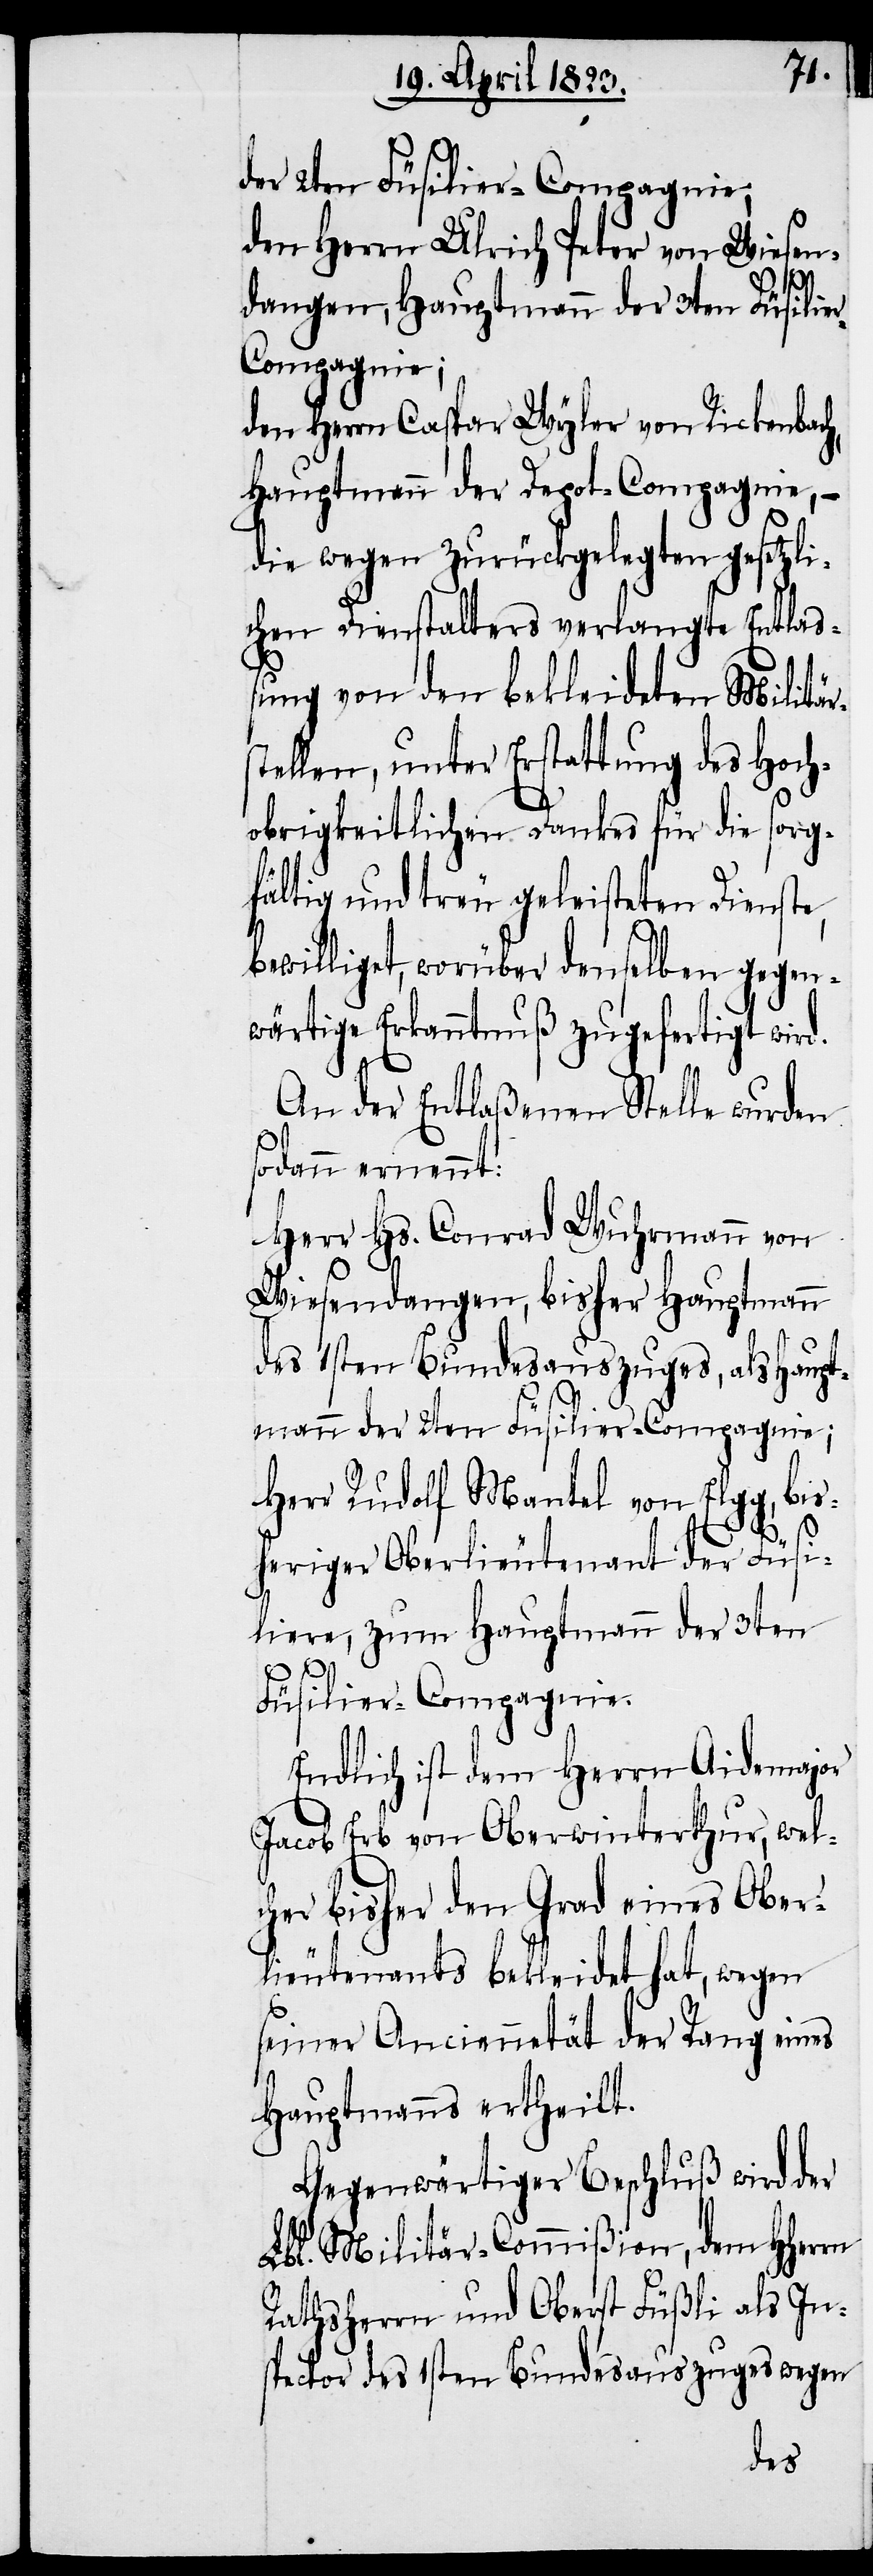
der 2ten Füsilier-Compagnie;
den Herrn Ulrich Peter von Wiesen¬
s¬
dangen, Hauptmann der 3ten Füsilie¬
r-Compagnie;
den Herrn Caspar Wyler von Rickenbach,
Hauptmann der Depot-Compagnie, –
die wegen zurückgelegten gesetzli¬
chen Dienstalters verlangte Entlaß¬
ung von den bekleideten Militär¬
stellen, unter Erstattung des Hoch¬
obrigkeitlichen Dankes für die sorg¬
fältig und treu geleisteten Dienste,
bewilliget, worüber denselben gegen¬
wärtige Erkanntnuß zugefertigt wird.
An der Entlaßenen Stelle wurden
odann ernennt:
Herr Hs. Conrad Wuhrmann von
Wiesendangen, bisher Hauptmann
des 1sten Bundesauszuges, als Haupt¬
mann der 2ten Füsilier-Compagnie;
Herr Rudolf Mantel von Elgg, bis¬
heriger Oberlieutenant der Füsi¬
liere, zum Hauptmann der 3ten
Füsilier-Compagnie.
Endlich ist dem Herrn Aidemajor
Jacob Erb von Oberwinterthur, wel¬
cher bisher den Grad eines Ober¬
lieutenants bekleidet hat, wegen
seiner Anciennetät der Rang eines
Hauptmanns ertheilt.
Gegenwärtiger Beschluß wird der
Lbl. Militär-Commißion, dem Hherrn
Rathsherrn und Oberst Füßli als In¬
spector des 1sten Bundesauszuges wegen